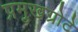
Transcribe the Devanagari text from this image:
प्रमुखग्रोटे